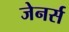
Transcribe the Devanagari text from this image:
जेनर्स